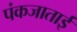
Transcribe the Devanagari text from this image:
पंकजाताई